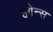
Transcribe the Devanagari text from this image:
हगेन्स